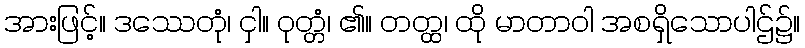
အားဖြင့်။ ဒဿေတုံ၊ ငှါ။ ဝုတ္တံ၊ ၏။ တတ္ထ၊ ထို မာတာဝါ အစရှိသောပါဌ်၌။